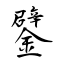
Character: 鐾